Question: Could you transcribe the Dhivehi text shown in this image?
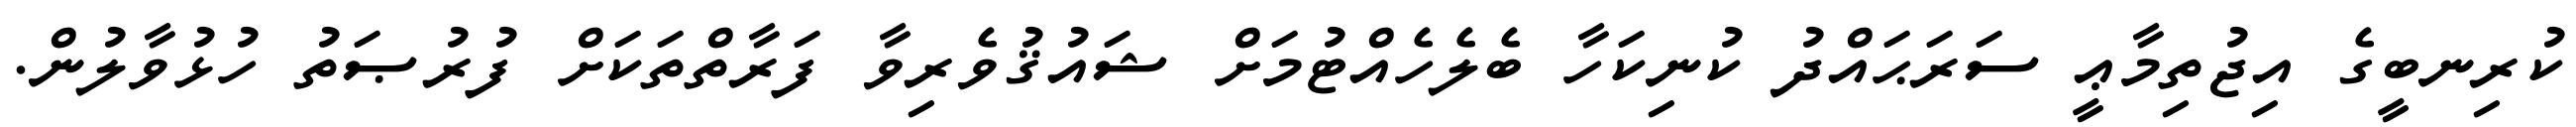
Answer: ކުރިނބީގެ އިޖުތިމާޢީ ސަރަޙައްދު ކުނިކަހާ ބެލެހެއްޓުމަށް ޝައުޤުވެރިވާ ފަރާތްތަކަށް ފުރުޞަތު ހުޅުވާލުން.